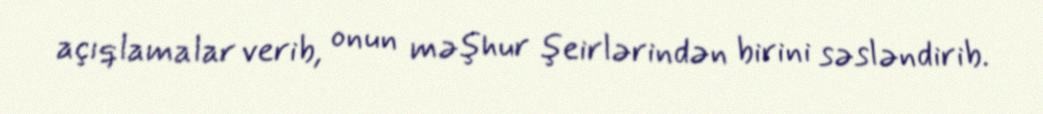
açıqlamalar verib, onun məşhur şeirlərindən birini səsləndirib.